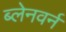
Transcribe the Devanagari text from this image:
ब्लेनवर्न